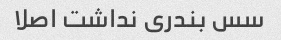
سس بندری نداشت اصلا